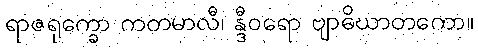
ရာဇရုက္ခော ကတမာလီ၊ န္ဒီဝရော ဗျာဓိဃာတကော။